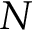
N